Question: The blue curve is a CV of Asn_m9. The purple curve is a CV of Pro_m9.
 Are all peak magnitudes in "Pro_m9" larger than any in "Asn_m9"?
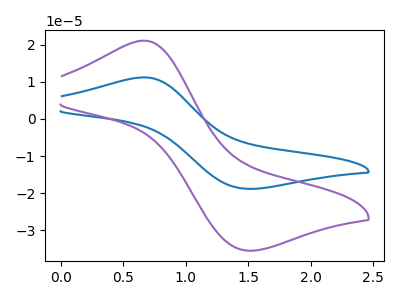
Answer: <think>The blue curve "Asn_m9" has an anodic peak at (0.65V, 11.20uA) and a cathodic peak at (1.50V, -18.80uA). The purple curve "Pro_m9" has an anodic peak at (0.65V, 21.05uA) and a cathodic peak at (1.50V, -35.40uA).</think>
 <answer>Every peak in "Pro_m9" is higher than every peak in "Asn_m9".</answer>
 <eval>higher</eval>